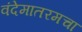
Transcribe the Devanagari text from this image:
वंदेमातरमचा